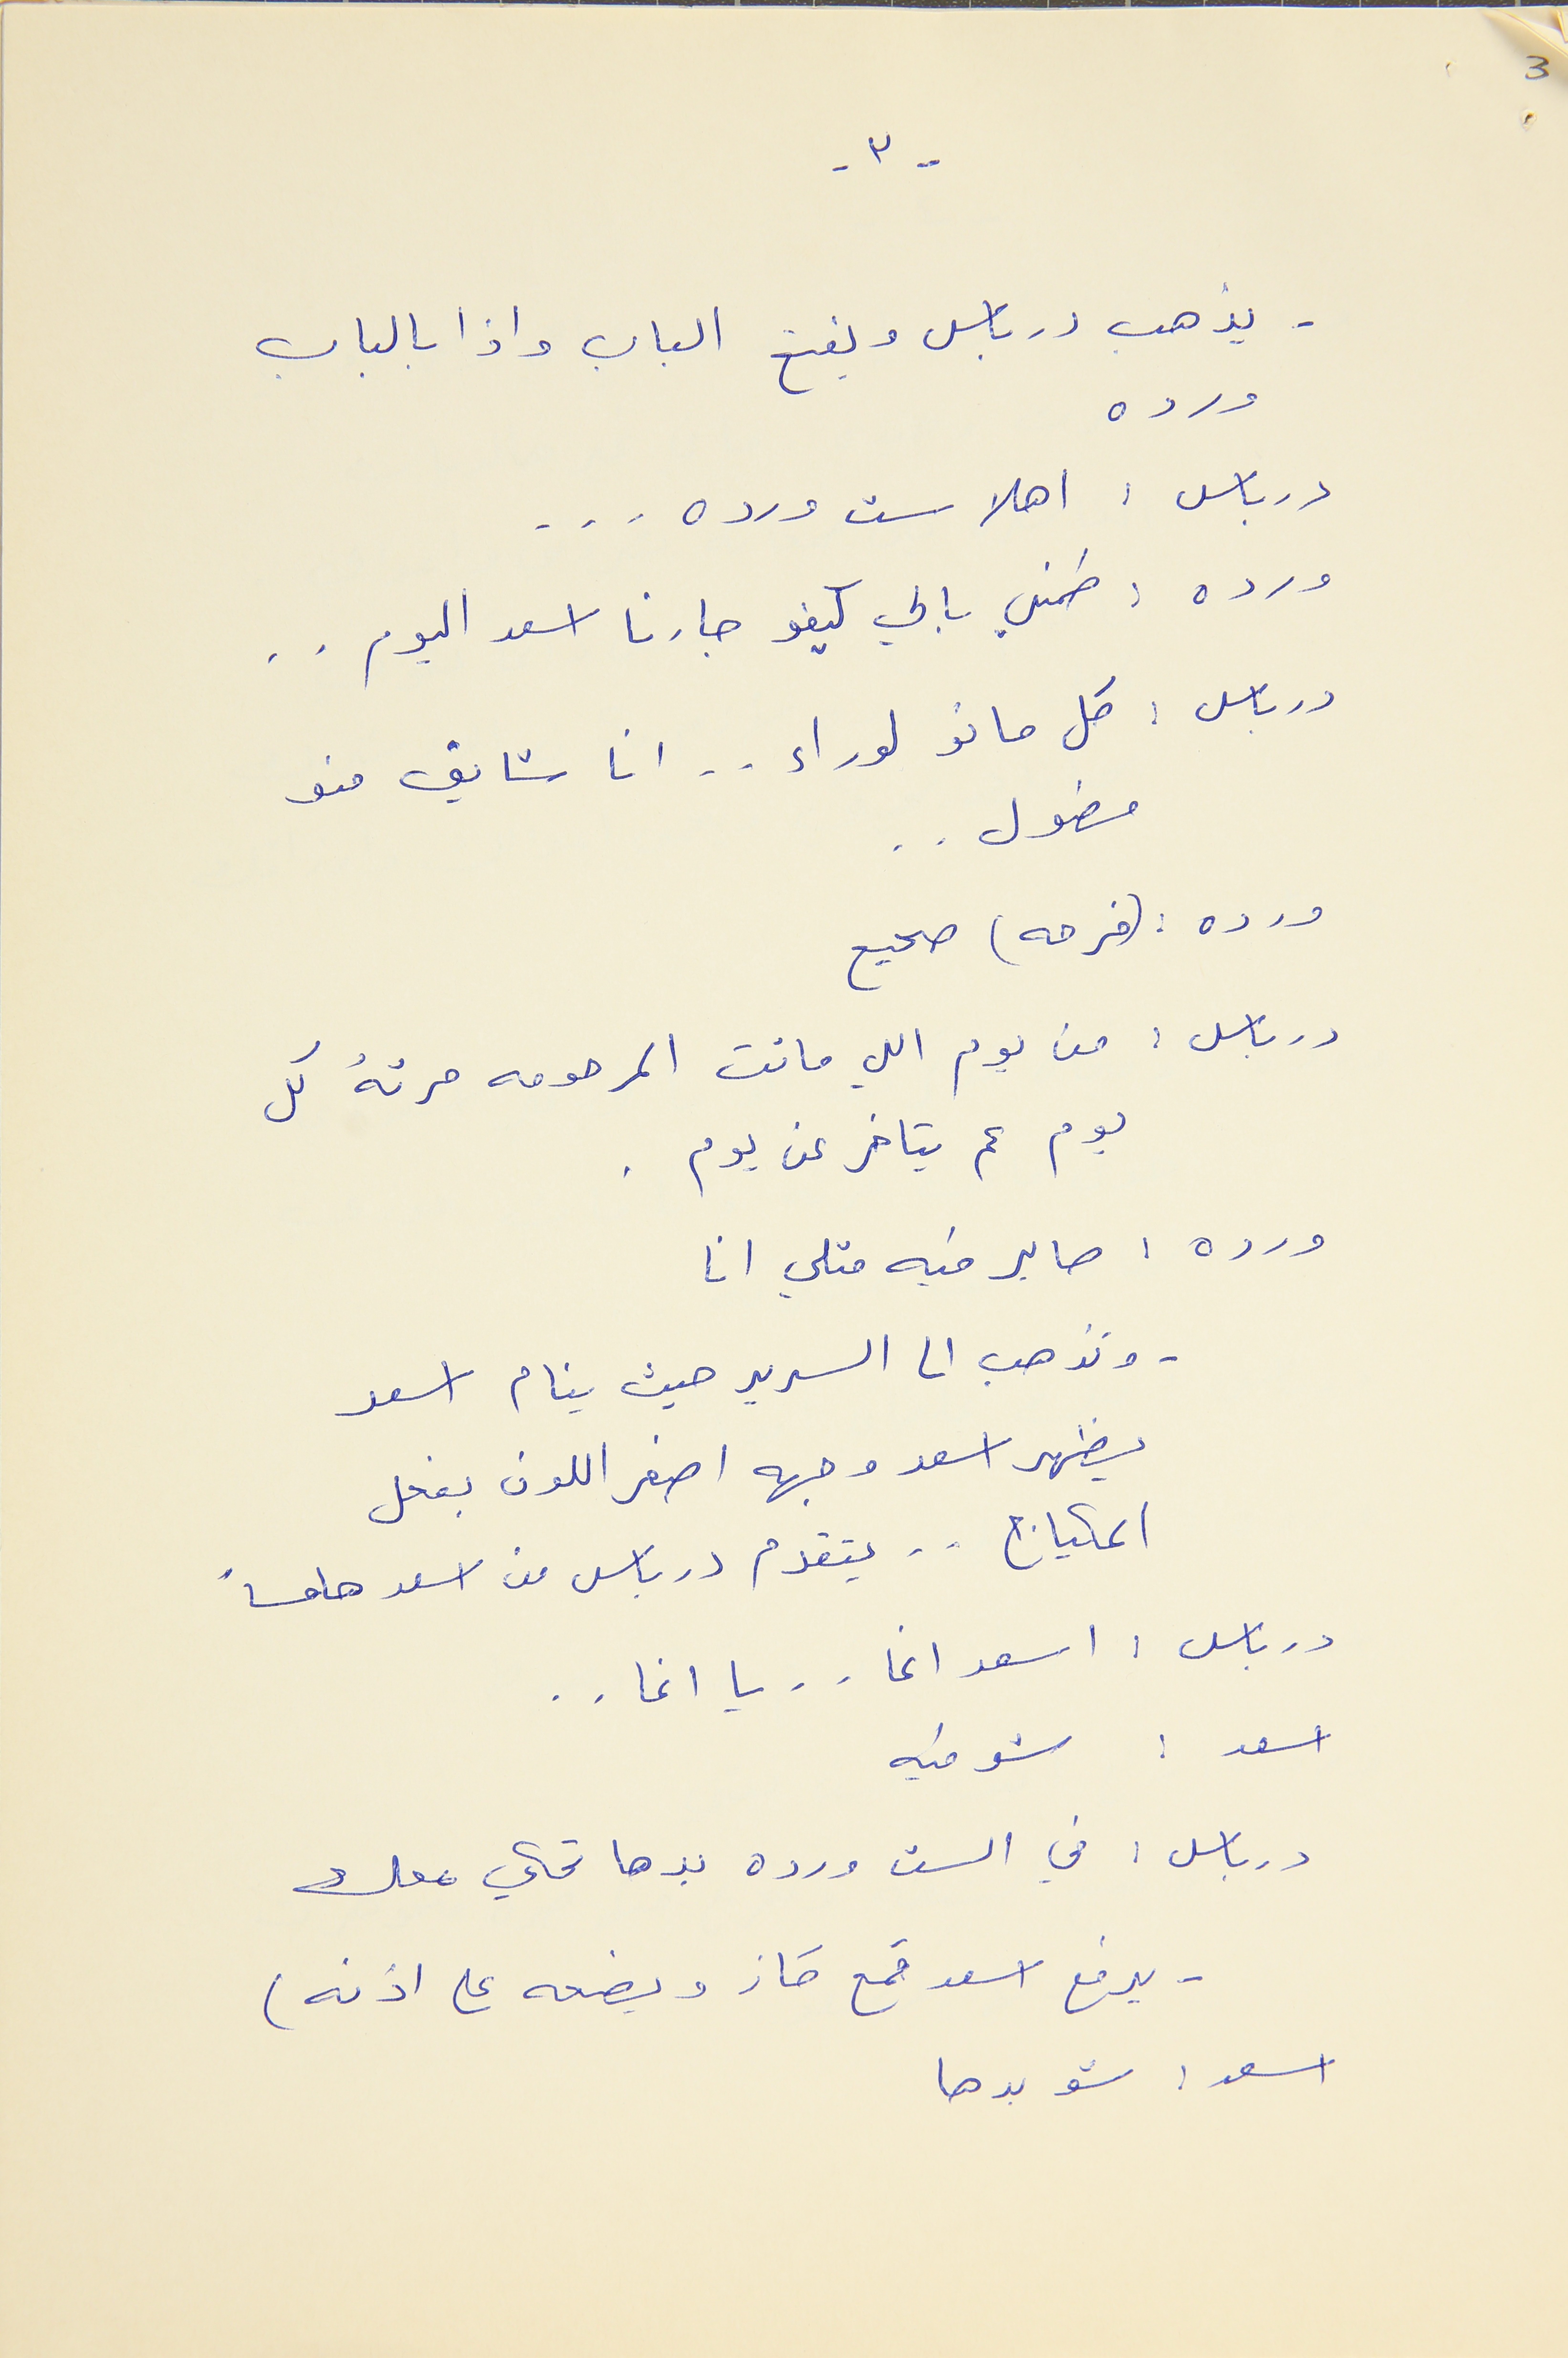
- ٣ -
- يذهب درباس ويفتح الباب واذا بالباب
ورده
درباس : اهلا ست ورده  . . .
ورده : طمنلي بالي كيفو جارنا اسعد اليوم . .
درباس : كل مانو لوراء . . انا شايف منو
مطول . .
ورده : (فرحه) صحيح
درباس : من يوم اللي ماتت المرحومه مرتهُ كل
يوم عم يتاخر عن يوم .
ورده : صاير فيه متلي انا
- وتذهب الى السرير حيث ينام اسعد
يظهر اسعد وجهه اصفر اللون بفعل
المكياج . . يتقدم درباس من اسعد هامساً
درباس : اسعد اغا . . يا اغا . .
اسعد : شو فيه
درباس : في الست ورده بدها تحكي معك
- يرفع اسعد قمع كاز ويضعه على اذنه)
اسعد : شو بدها
3